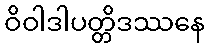
ဝိဝါဒါပတ္တိဒဿနေ